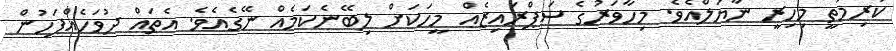
ކުރިމަތީ މިހިރީ ނާޔަލްއެވެ. މިހާވަރުގެ ސަޕްރައިޒެއް މީހަކަށް ލިބޭނެކަމެއް ނޭގެއެވެ. އެތައް ދުވަހެއްފަހުން